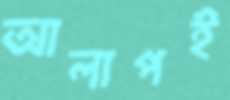
আলাপই